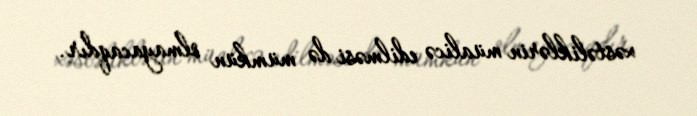
xəstəliklərin müalicə edilməsi də mümkün olmayacaqdır.